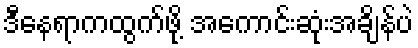
ဒီနေရာကထွက်ဖို့ အကောင်းဆုံးအချိန်ပဲ